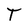
Character: T